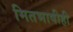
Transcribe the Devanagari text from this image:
मितभाषीही